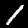
Digit: 1